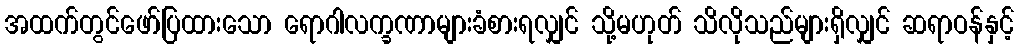
အထက်တွင်ဖော်ပြထားသော ရောဂါလက္ခဏာများခံစားရလျှင် သို့မဟုတ် သိလိုသည်များရှိလျှင် ဆရာဝန်နှင့်